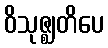
ဝိသုဇ္ဈတိပေ